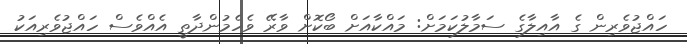
ހައްޖުވެރިން ގެ އާއިލާގެ ސަމާލުކަމަށް: މައްކާއަށް ބޯކޮށް ވާރޭ ވެހެމުންދާތީ އެއްވެސް ހައްޖުވެރިއަކު